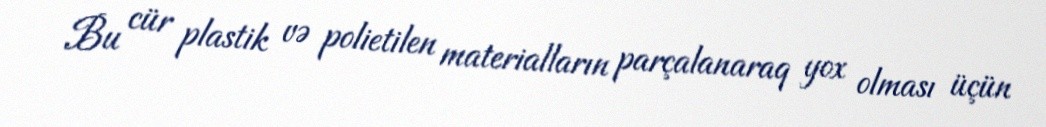
Bu cür plastik və polietilen materialların parçalanaraq yox olması üçün